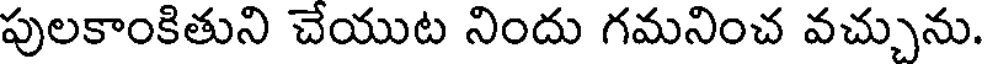
పులకాంకితుని చేయుట నిందు గమనించ వచ్చును.